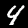
Digit: 4